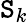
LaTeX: \mathtt{S}_{k}